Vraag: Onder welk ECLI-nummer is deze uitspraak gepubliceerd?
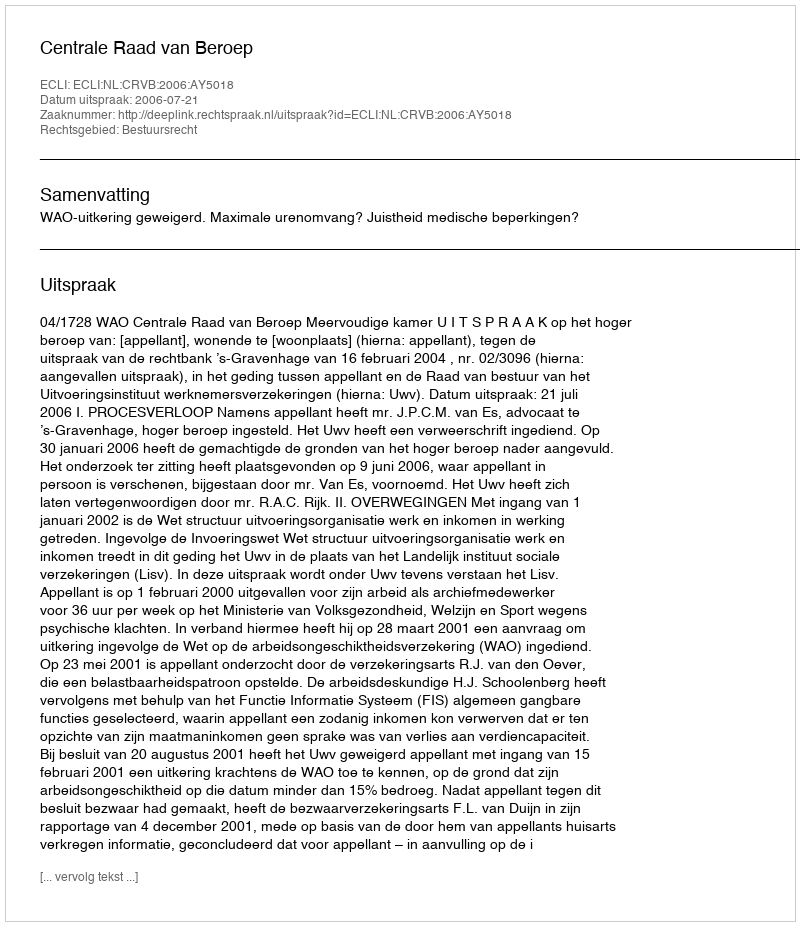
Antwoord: ECLI:NL:CRVB:2006:AY5018